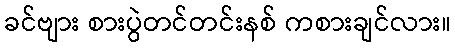
ခင်ဗျား စားပွဲတင်တင်းနစ် ကစားချင်လား။